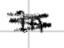
Text: in
Cross-out: scratch
Writing tool: digital_black